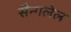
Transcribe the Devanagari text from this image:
सैन्गलेल